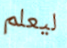
ليعلم